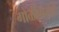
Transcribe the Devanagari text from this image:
गोळीबाराचे